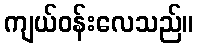
ကျယ်ဝန်းလေသည်။